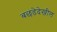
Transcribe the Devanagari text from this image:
बछडेदेखील